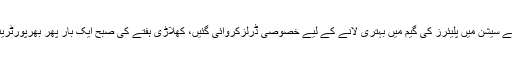
صبح 8سے10 بجے تک کا سیشن فزیکل ٹریننگ کے لیے مختص رہا جبکہ شام4 سے 6 بجے تک کے سیشن میں پلیئرز کی گیم میں بہتری لانے کے لیے خصوصی ڈرلزکروائی گئیں، کھلاڑی ہفتے کی صبح ایک بار پھر بھرپورٹریننگ کرنے کے بعد رات کوقائداعظم انٹرنیشنل ایئرپورٹ سے کوالالمپور کے لیے روانہ ہو جائیں گے۔